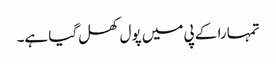
تمہارا کے پی میں پول کھل گیا ہے۔